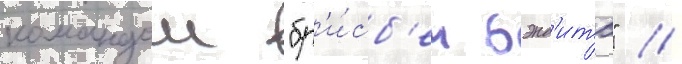
командои "бр'и́сб'ен бэнд'итс" //